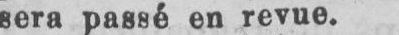
sera passé en revue.